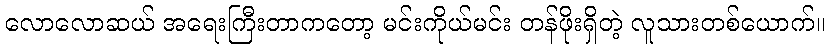
လောလောဆယ် အရေးကြီးတာကတော့ မင်းကိုယ်မင်း တန်ဖိုးရှိတဲ့ လူသားတစ်ယောက်။